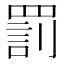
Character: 罰